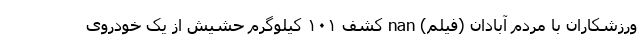
ورزشکاران با مردم آبادان (فیلم) nan کشف ۱۰۱ کیلوگرم حشیش از یک خودروی